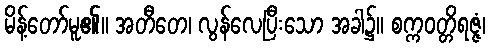
မိန့်တော်မူ၏။ အတီတေ၊ လွန်လေပြီးသော အခါ၌။ စက္ကဝတ္တိရဇ္ဇံ၊